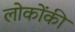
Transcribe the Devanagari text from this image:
लोकोंकी